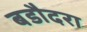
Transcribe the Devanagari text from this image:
बडौदरा